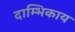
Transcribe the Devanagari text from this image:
दाम्भिकाय